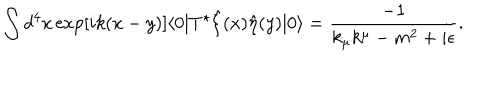
LaTeX: \int d ^ { 4 } x \exp [ i k ( x - y ) ] \langle 0 | T ^ { \star } \hat { \xi } ( x ) \hat { \eta } ( y ) | 0 \rangle = \frac { - 1 } { k _ { \mu } k ^ { \mu } - m ^ { 2 } + i \epsilon } .